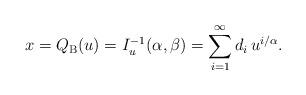
LaTeX: \begin{align*}x=Q_{\mathrm{B}}(u)=I_u^{-1}(\alpha,\beta)=\sum_{i=1}^{\infty}d_i\,u^{i/\alpha}.\end{align*}